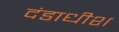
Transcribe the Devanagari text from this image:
दंडाधीश